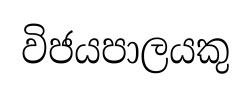
විජයපාලයකු